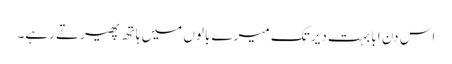
اس دن ابا بہت دیر تک میرے بالوں میں ہاتھ پھیرتے رہے۔